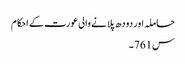
حاملہ اور دودھ پلانے والی عورت کے احکام
س761۔